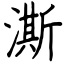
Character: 澌